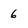
Character: 6